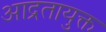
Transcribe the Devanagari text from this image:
आद्रतायुक्त